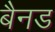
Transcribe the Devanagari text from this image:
बैनड